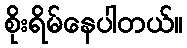
စိုးရိမ်နေပါတယ်။